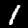
Label: 1